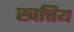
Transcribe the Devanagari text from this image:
खत्तिय